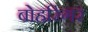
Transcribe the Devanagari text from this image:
बोहरिंगर